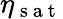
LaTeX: \eta_{\mathrm{~s~a~t~}}